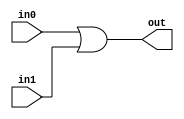
  module performance_Or2_w1 ( 
in0,
 in1,
 out);
input  in0;
input  in1;
output  out;

assign out =  in0| in1;
endmodule